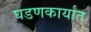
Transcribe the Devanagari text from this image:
घडणकार्यांत